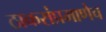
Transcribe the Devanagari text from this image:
ठाकरांप्रमाणेच